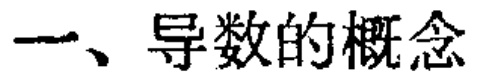
一、导数的概念